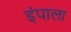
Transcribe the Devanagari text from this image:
इंपाला